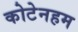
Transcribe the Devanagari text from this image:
कोटेनहम